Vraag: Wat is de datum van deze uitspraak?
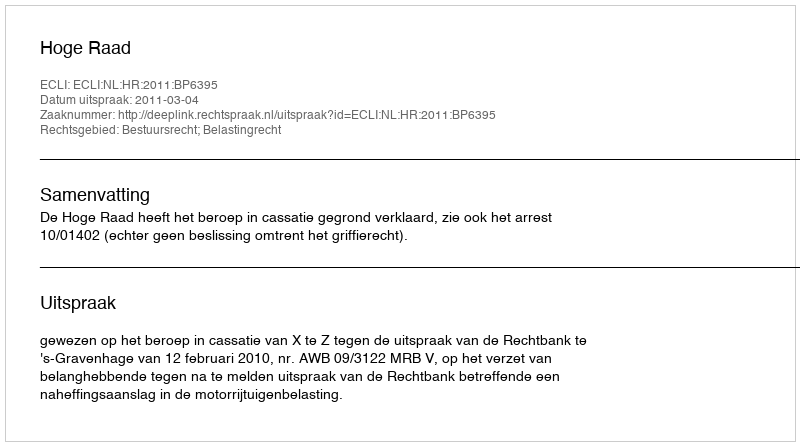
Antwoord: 2011-03-04